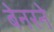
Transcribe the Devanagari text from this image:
बेनरने